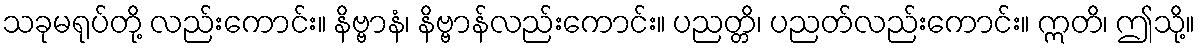
သခုမရုပ်တို့ လည်းကောင်း။ နိဗ္ဗာနံ၊ နိဗ္ဗာန်လည်းကောင်း။ ပညတ္တိ၊ ပညတ်လည်းကောင်း။ ဣတိ၊ ဤသို့။